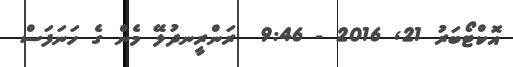
އޮކްޓޯބަރު 21